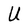
Character: U